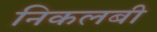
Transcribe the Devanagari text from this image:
निकलबी